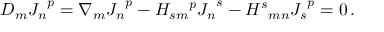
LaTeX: { \cal D } _ { m } { J _ { n } } ^ { p } = \nabla _ { m } { J _ { n } } ^ { p } - H _ { s m } { } ^ { p } { J _ { n } } ^ { s } - { H ^ { s } } _ { m n } { J _ { s } } ^ { p } = 0 \, .